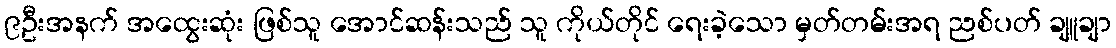
၉ဦးအနက် အထွေးဆုံး ဖြစ်သူ အောင်ဆန်းသည် သူ ကိုယ်တိုင် ရေးခဲ့သော မှတ်တမ်းအရ ညစ်ပတ် ချူချာ